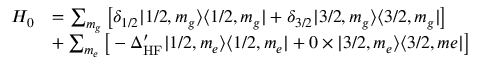
\begin{array} { r l } { H _ { 0 } } & { = \sum _ { m _ { g } } \big [ \delta _ { 1 / 2 } | 1 / 2 , m _ { g } \rangle \langle 1 / 2 , m _ { g } | + \delta _ { 3 / 2 } | 3 / 2 , m _ { g } \rangle \langle 3 / 2 , m _ { g } | \big ] } \\ & { + \sum _ { m _ { e } } \big [ - \Delta _ { \mathrm { H F } } ^ { \prime } | 1 / 2 , m _ { e } \rangle \langle 1 / 2 , m _ { e } | + 0 \times | 3 / 2 , m _ { e } \rangle \langle 3 / 2 , m e | \big ] } \end{array}